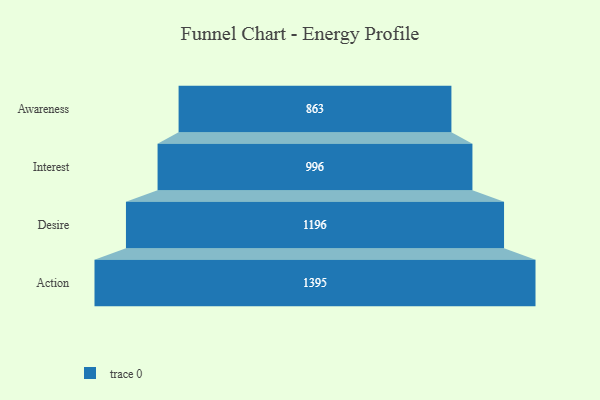
{"axis": {"x": "Stage", "y": "Value"}, "legend": [""], "data": [{"x": "Awareness", "y": 863.0, "type": ""}, {"x": "Interest", "y": 996.0, "type": ""}, {"x": "Desire", "y": 1196.0, "type": ""}, {"x": "Action", "y": 1395.0, "type": ""}]}